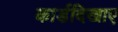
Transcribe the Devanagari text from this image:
कार्डदिखाए